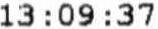
13:09:37